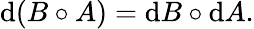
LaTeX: \mathrm{d}(B\circ A)=\mathrm{d}B\circ\mathrm{d}A.